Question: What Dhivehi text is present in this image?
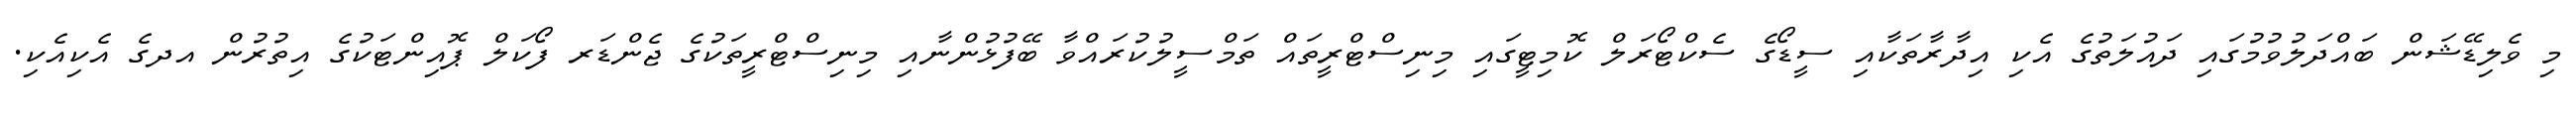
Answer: މި ވެލިޑޭޝަން ބައްދަލުވުމުގައި ދައުލަތުގެ އެކި އިދާރާތަކާއި ސީޑޯގެ ސެކްޓޯރަލް ކޮމިޓީގައި މިނިސްޓްރީތައް ތަމްސީލުކުރައްވާ ބޭފުޅުންނާއި މިނިސްޓްރީތަކުގެ ޖެންޑަރ ފޯކަލް ޕޮއިންޓަކުގެ އިތުރުން އދގެ އެކިއެކި.